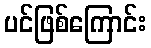
ပင်ဖြစ်ကြောင်း